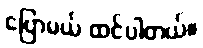
ပြောမယ် ထင်ပါတယ်။